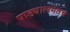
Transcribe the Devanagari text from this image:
पाड्यालगतच